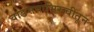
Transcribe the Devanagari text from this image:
वाङमयाभिरुचीतून